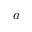
a